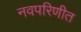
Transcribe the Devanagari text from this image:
नवपरिणीत